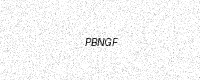
Text: PBNGF